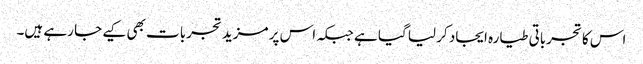
اس کا تجرباتی طیارہ ایجاد کر لیا گیا ہے جبکہ اس پر مزید تجربات بھی کیے جا رہے ہیں۔